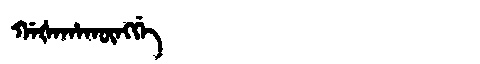
Manchu: ᡤᠠᡧᠠᡥᠠᡴᡡᠩᡤᡝ
Romanization: GAŠAHAKŪNGGE